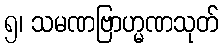
၅၊ သမဏဗြာဟ္မဏသုတ်